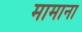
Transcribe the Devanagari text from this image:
मामाना